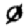
Digit: 0